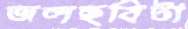
জলছবিটা